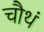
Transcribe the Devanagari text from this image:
चौथं